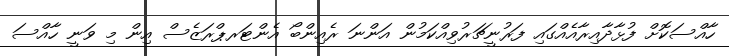
ހާއްސަކޮށް ފުޅާދާއިރާއެއްގައި ފަރުނީޗަރުވިއްކަމުން އަންނަ ރެއިންބޯ އެންޓަރޕްރަޒެސް އިން މި ވަނީ ހާއްސަ